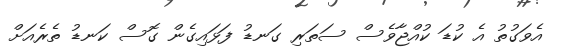
އެވަގުތު އެ ކުޑަ ކުއްޖާވެސް ސަތަރި ގަނޑު ފަޅައިގެން ގޮސް ކަނޑު ތެރެއަށް